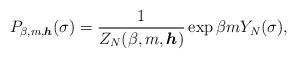
LaTeX: \begin{align*}P_{\beta, m, \boldsymbol h}(\sigma) = \frac{1}{Z_N(\beta, m, \boldsymbol h)}\exp \beta m Y_N(\sigma),\end{align*}